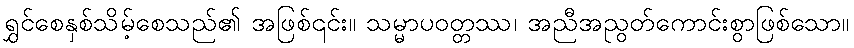
ရွှင်စေနှစ်သိမ့်စေသည်၏ အဖြစ်၎င်း။ သမ္မာပဝတ္တဿ၊ အညီအညွတ်ကောင်းစွာဖြစ်သော။